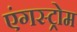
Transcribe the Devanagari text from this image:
एंगस्ट्रोम